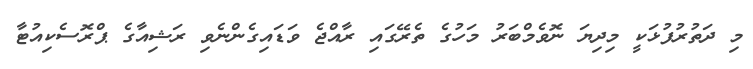
މި ދަތުރުފުޅަކީ މިދިޔަ ނޮވެމްބަރު މަހުގެ ތެރޭގައި ރާއްޖެ ވަޑައިގެންނެވި ރަޝިއާގެ ޕްރޮސެކިއުޓާ